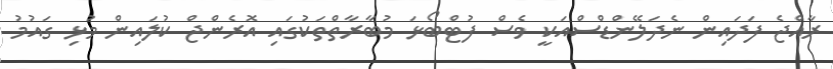
ރާއްޖެ ފަދައިން ނެދަލޭންޑްސްއަކީ ވެސް ފުޓްބޯޅަ މުބާރާތްތަކުގައި އޮރެންޖް ކުލައިން މުޅި ގައުމު